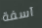
آسفة